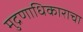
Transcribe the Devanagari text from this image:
मुद्रणाधिकाराचा